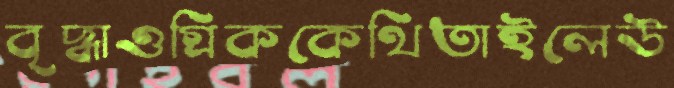
বৃদ্ধাওগ্রিককেথিতাইলেউ